Note on the mental hospitals in Burma - 1925-1940
Year: 1925
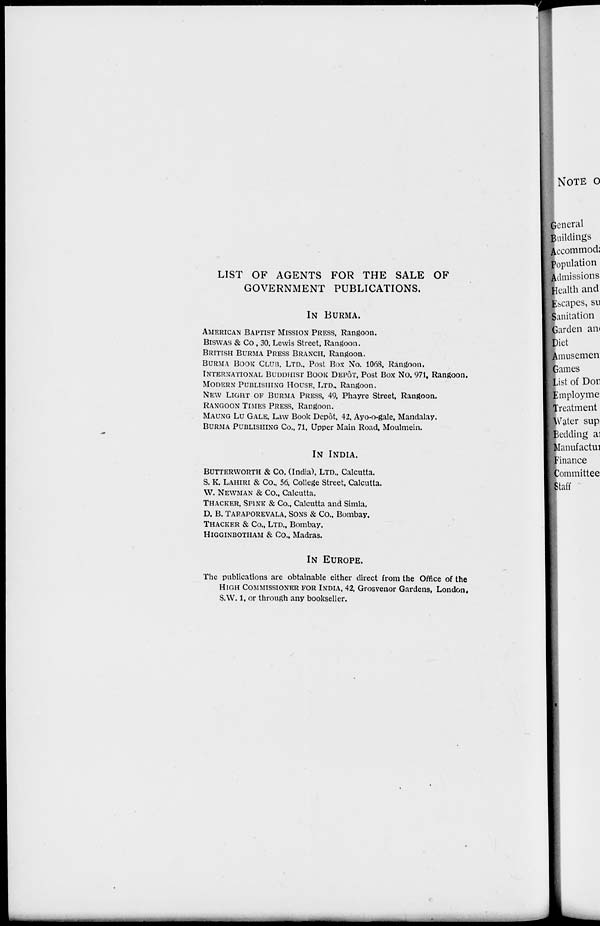
LIST OF AGENTS FOR THE SALE OF
GOVERNMENT PUBLICATIONS.
IN BURMA.
AMERICAN BAPTIST MISSION PRESS, Rangoon.
BISWAS & Co, 30, Lewis Street, Rangoon.
BRITISH BURMA PRESS BRANCH, Rangoon.
BURMA BOOK CLUB, LTD., Post Box No. 1068, Rangoon.
INTERNATIONAL BUDDHIST BOOK DEPÔT, Post Box No. 971, Rangoon.
MODERN PUBLISHING HOUSE, LTD., Rangoon.
NEW LIGHT OF BURMA PRESS, 49, Phayre Street, Rangoon.
RANGOON TIMES PRESS, Rangoon.
MAUNG LU GALE, Law Book Depôt, 42, Ayo-o-gale, Mandalay.
BURMA PUBLISHING Co., 71, Upper Main Road, Moulmein.
IN INDIA.
BUTTERWORTH & Co. (India), LTD., Calcutta.
S. K. LAHIRI & Co., 56, College Street, Calcutta.
W. NEWMAN & Co., Calcutta.
THACKER, SPINK & Co., Calcutta and Simla.
D. B. TARAPOREVALA, SONS & Co., Bombay.
THACKER & Co., LTD., Bombay.
HIGGINBOTHAM & Co., Madras.
IN EUROPE.
The publications are obtainable either direct from the Office of the
HIGH COMMISSIONER FOR INDIA, 42, Grosvenor Gardens, London.
S.W. 1, or through any bookseller.